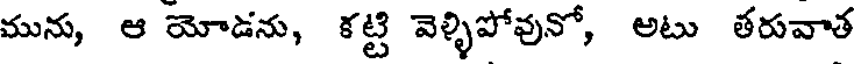
మును, ఆ యోడను, కట్టి వెళ్ళిపోవునో, అటు తరువాత